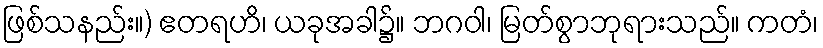
ဖြစ်သနည်း။) ဧတရဟိ၊ ယခုအခါ၌။ ဘဂဝါ၊ မြတ်စွာဘုရားသည်။ ကတံ၊